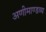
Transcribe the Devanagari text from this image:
अणीमाण्डव्य